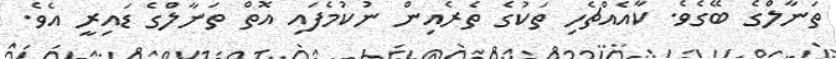
ތަނާލްގެ ބޭގެވެ. ކާއެއްޗެހި ތަކުގެ ތެރެއިން ނުކުމެފައި އޮތް ތަނާލްގެ ޑައިރީ އެވެ.